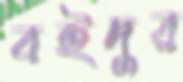
বইদুর